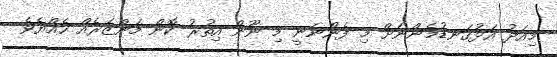
މިއަދު އަޅުގަނޑުމެންނަށް މި ފެންނަނީ މި ނޫން އިތުރު ކޮން މަންޒަރެއް ހެއްޔެވެ